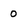
Character: 0